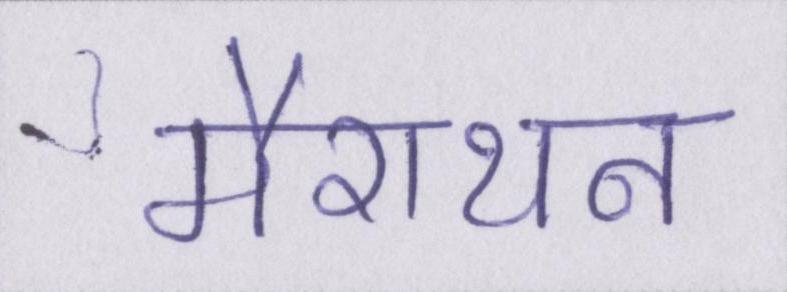
मैराथन